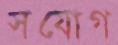
সযোগ